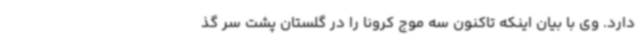
دارد. وی با بیان اینکه تاکنون سه موج کرونا را در گلستان پشت سر گذ